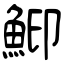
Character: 鮣